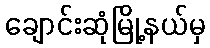
ချောင်းဆုံမြို့နယ်မှ